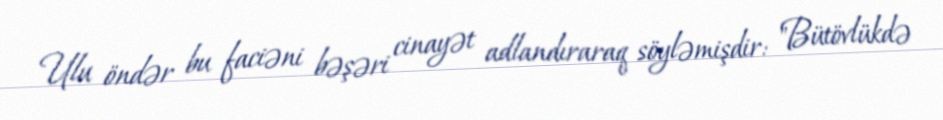
Ulu öndər bu faciəni bəşəri cinayət adlandıraraq söyləmişdir: "Bütövlükdə